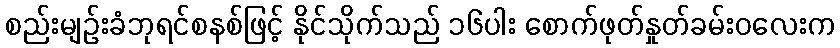
စည်းမျဉ်းခံဘုရင်စနစ်ဖြင့် နိုင်သိုက်သည် ၁၆ပါး စောက်ဖုတ်နှုတ်ခမ်းဝလေးက